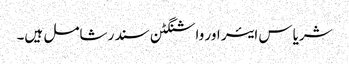
شریاس ایئر اور واشنگٹن سندر شامل ہیں۔